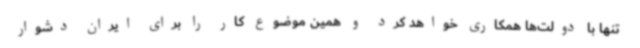
تنها با دولت‌ها همکاری خواهد کرد و همین موضوع کار را برای ایران دشوار